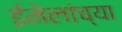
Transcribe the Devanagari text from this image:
ईमेलांच्या